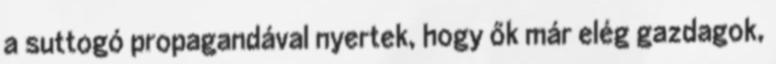
a suttogó propagandával nyertek, hogy ők már elég gazdagok,